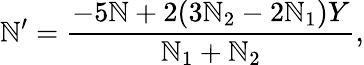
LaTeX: \mathbb{N}^{\prime}={\frac{{-5\mathbb{N}+2(3\mathbb{N}_{2}-2\mathbb{N}_{1})Y}}{{\mathbb{N}_{1}+\mathbb{N}_{2}}}},